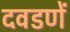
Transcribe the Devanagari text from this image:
दवडणें